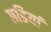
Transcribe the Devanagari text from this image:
छडियां